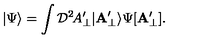
| \Psi \rangle = \int { \cal D } ^ { 2 } \! A _ { \perp } ^ { \prime } | { \bf A } _ { \perp } ^ { \prime } \rangle \Psi [ { \bf A } _ { \perp } ^ { \prime } ] .